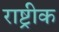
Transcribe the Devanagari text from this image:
राष्ट्रीक